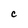
Character: c